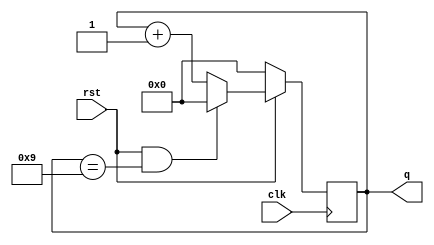
module mod10_counter(clk, rst, q);
    input clk, rst;
    output [3:0]q;
    reg [3:0]q;
    initial begin
        q=0;
    end
    always @ (posedge clk)
    begin
        if (rst==0)
            q=0;
        else if(rst==1 && q==9)
            q=0;
        else 
            q=q+1;
    end
endmodule